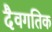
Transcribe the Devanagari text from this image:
दैवगतिक